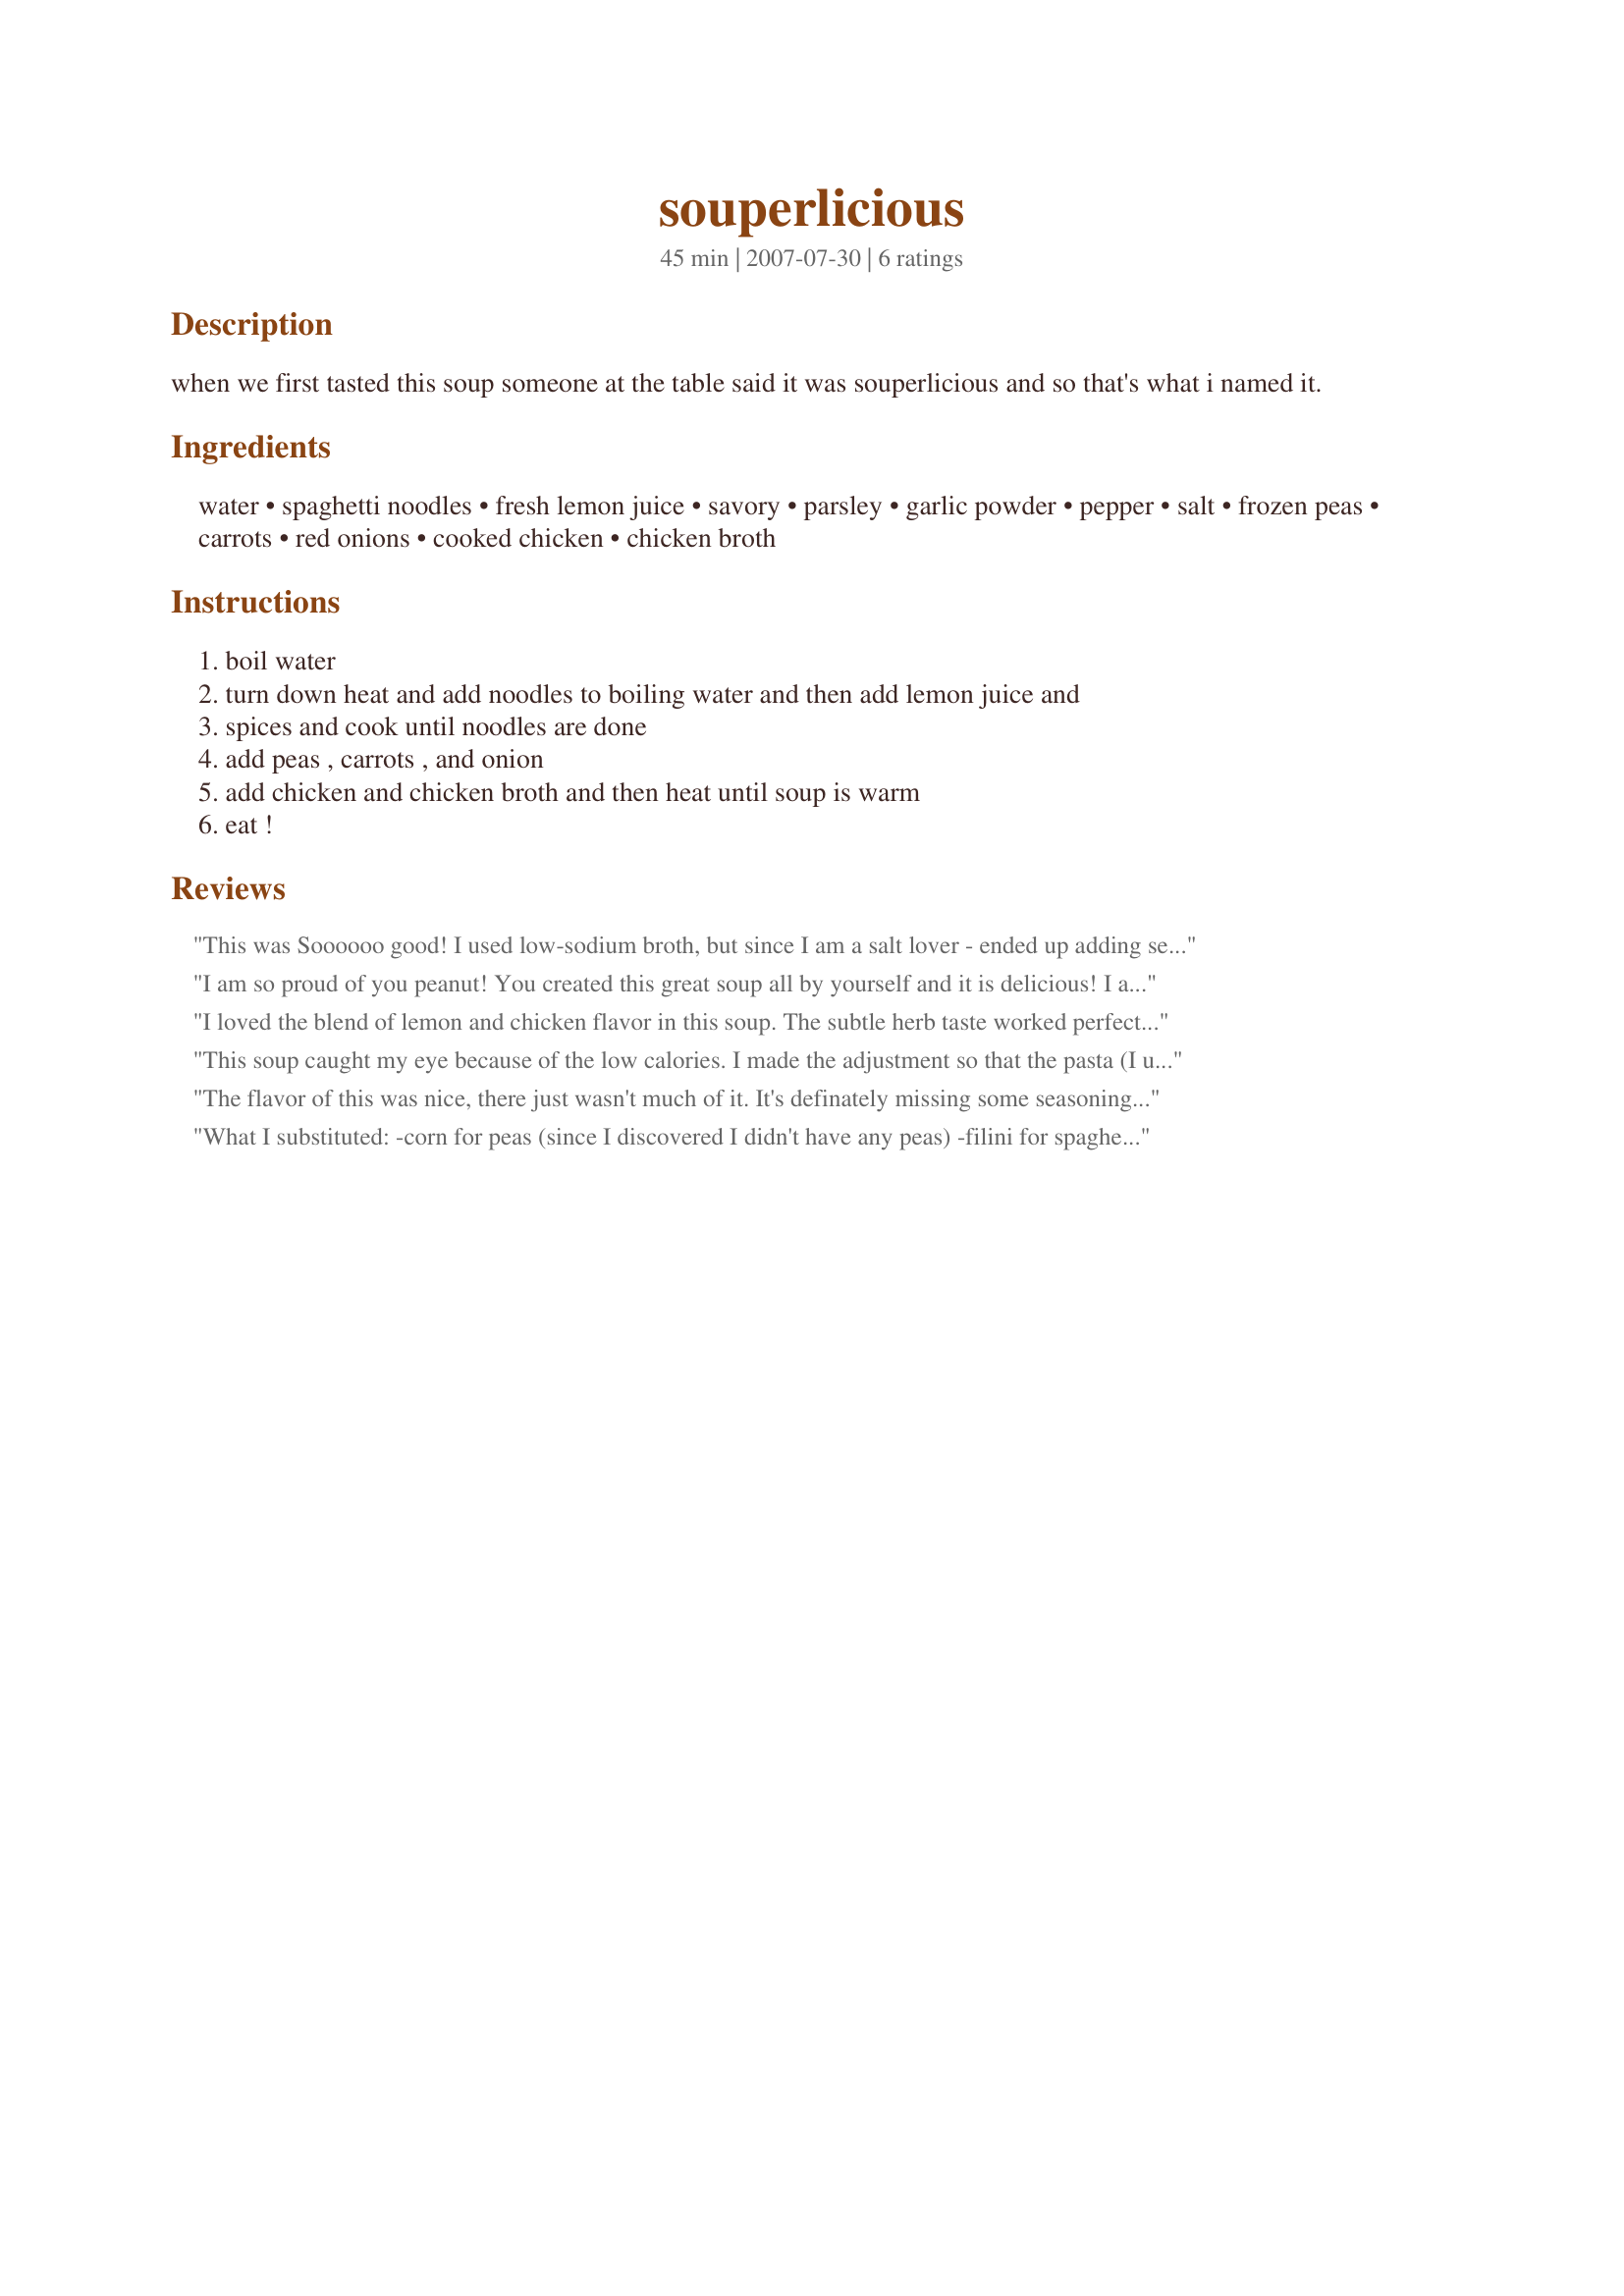
souperlicious
Preparation time: 45 minutes

when we first tasted this soup someone at the table said it was
souperlicious and so that's what i named it.

Ingredients:
water, spaghetti noodles, fresh lemon juice, savory, parsley, garlic powder, pepper, salt, frozen peas, carrots, red onions, cooked chicken, chicken broth

Steps:
boil water, turn down heat and add noodles to boiling water and then add lemon juice and, spices and cook until noodles are done, add peas , carrots , and onion, add chicken and chicken broth and then heat until soup is warm, eat !

Reviews:
This was Soooooo good! I used low-sodium broth, but since I am a salt lover - ended up adding sea salt later on before eating. The flavor was great and we couldn't even taste the lemon. I did not have savory on hand but it still ended up delish! Thanks for using your creative genuises for this one! Made for RSC#10.
I am so proud of you peanut! You created this great soup all by yourself and it is delicious! I am glad that you like cooking and I enjoy tasting what you make. I love you! :)
I loved the blend of lemon and chicken flavor in this soup. The subtle herb taste worked perfectly as well. The ratios of peas to noodles and chicken were just how I like them; the only thing I'd change would be to cook the onions and carrots a little longer and add more lemon juice (you can never have too much lemon!)
This soup caught my eye because of the low calories. I made the adjustment so that the pasta (I used Capellini) was included and it comes to 146 calories and 1.6 Fat grams or 2.6 Weight Watchers Points per serving. Unfortunately the soup also lacked flavor and I found myself adding spices and hot pepper to boost the flavor. I used flavorful grilled chicken and followed the amounts indicated. This is a perfect soup for children as I think they would really enjoy the subtle flavors. Good Luck Chef!!!!
The flavor of this was nice, there just wasn't much of it. It's definately missing some seasoning. I left it in the fridge overnight and it got a little better. I added salt and it was better, but still not spectacular. Sorry, I don't like to rate low but I have to be honest. Thank you.
What I substituted: -corn for peas (since I discovered I didn't have any peas) -filini for spaghetti (because I had some and it saved me the trouble of breaking up the spaghetti) -fresh garlic for powder (because fresh is pretty much always better). What I omitted: -savory (because I didn't have any) -onion (because I don't much care for onion in soup). What I added: -hot sauce (for a little kick). Next time, I think I will also cut back a little on the pasta and up the chicken quantity. Basically, though, it was a nice easy and quick soup that was pretty tasty, and the grated carrot added an interesting texture.
